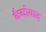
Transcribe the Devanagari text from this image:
कैकोवाद